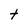
Character: t